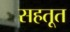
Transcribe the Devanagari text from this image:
सहतूत